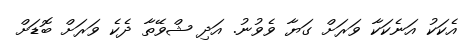
އެކަކު އަނެކަކާ ވަރަށް ގަޔާ ވެވުނު. އަދި ޝްވޭތާ ދެކެ ވަރަށް ބޮޑަށް